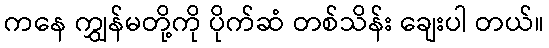
ကနေ ကျွှန်မတို့ကို ပိုက်ဆံ တစ်သိန်း ချေးပါ တယ်။